Papers set at the Examination for Leaving Certificates, 1895
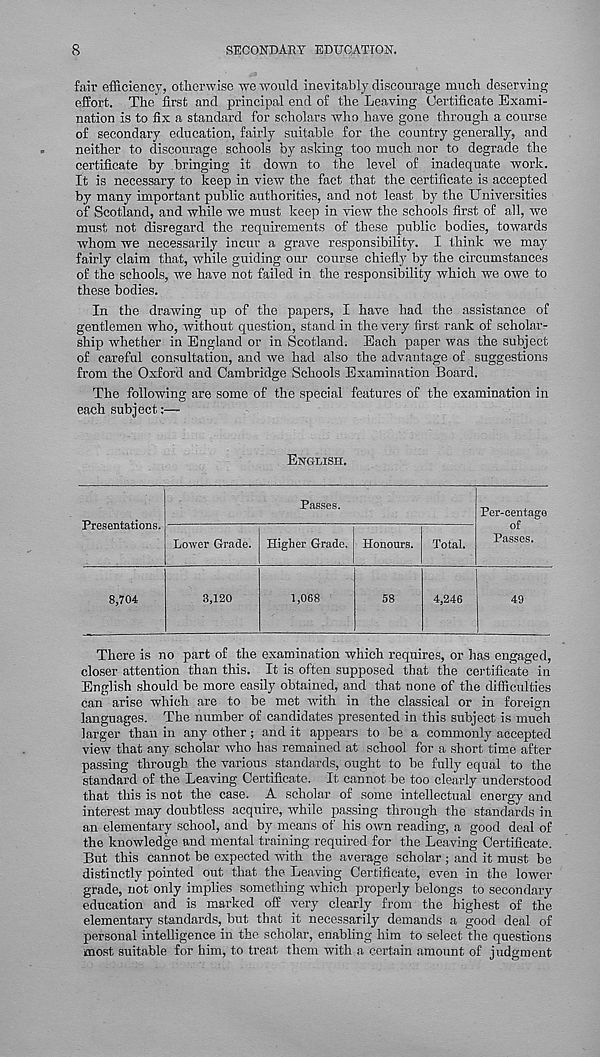
8
SECONDARY EDUCATION.
fair efficiency, otherwise we would inevitably discourage much deserving
eSort. The first and principal end of the Leaving Certificate Exami-
nation is to fix a standard for scholars who have gone through a course
of secondary education, fairly suitable for the country generally, and
neither to discourage schools by asking too much nor to degrade the
certificate by bringing it down to the level of inadequate work.
It is necessary to keep in view the fact that the certificate is accepted
by many important public authorities, and not least by the Universities
of Scotland, and while we must keep in view the schools first of all, we
must not disregard the requirements of these public bodies, towards
whom we necessarily incur a grave responsibility. I think we may
fairly claim that, while guiding our course chiefly by the circumstances
of the schools, we have not failed in the responsibility which we owe to
these bodies.
In the drawing up of the papers, I have had the assistance of
gentlemen who, without question, stand in the very first rank of scholar-
ship whether in England or in Scotland. Each paper was the subject
of careful consultation, and we had also the advantage of suggestions
from the Oxford and Cambridge Schools Examination Board.
The following are some of the special features of the examination in
each subject:—-
ENGLISH.
Presentations.
Passes.
Lower Grade. Higher Grade. Honours. Total.
Per-eentage
of
Passes.
8,704
3,120
1,068
58
4,246
49
There is no part of the examination which requires, or has engaged,
closer attention than this. It is often supposed that the certificate in
English should be more easily obtained, and that none of the difficulties
can arise which are to be met with in the classical or in foreign
languages. The number of candidates presented in this subject is much
larger than in any other; and it appears to be a commonly accepted
view that any scholar who has remained at school for a short time after
passing through the various standards, ought to be fully equal to the
standard of the Leaving Certificate. It cannot be too clearly understood
that this is not the case. A scholar of some intellectual energy and
interest may doubtless acquire, while passing through the standards in
an elementary school, and by means of his own reading, a good deal of
the knowledge and mental training required for the Leaving Certificate.
But this cannot be expected with the average scholar ; and it must be
distinctly pointed out that the Leaving Certificate, even in the lower
grade, not only implies something which properly belongs to secondary
education and is marked off very clearly from the highest of the
elementary standards, but that it necessarily demands a good deal of
personal intelligence in the scholar, enabling him to select the questions
most suitable for him, to treat them with a certain amount of judgment